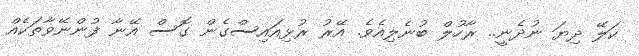
ކަލޭ ދިޔަ ނުދެނީ.. ރާހުލް ބުނެލިއެވެ. އޭރު ރުޅިއައިސްގެން ގޮސް އޭނާ ފުންނޭވާތަކެއް